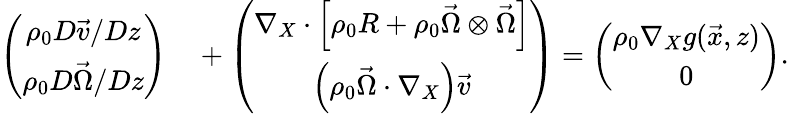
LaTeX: \begin{array}{rl}{\left(\begin{array}{c}{\rho_{0}D\vec{v}/Dz}\\ {\rho_{0}D\vec{\Omega}/Dz}\end{array}\right)}&{{}+\left(\begin{array}{c}{\nabla_{X}\cdot\left[\rho_{0}R+\rho_{0}\vec{\Omega}\otimes\vec{\Omega}\right]}\\ {\left(\rho_{0}\vec{\Omega}\cdot\nabla_{X}\right)\vec{v}}\end{array}\right)=\left(\begin{array}{c}{\rho_{0}\nabla_{X}g(\vec{x},z)}\\ {0}\end{array}\right).}\end{array}